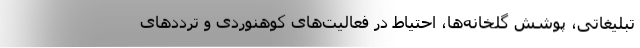
تبلیغاتی، پوشش گلخانه‌ها، احتیاط در فعالیت‌های کوهنوردی و ترددهای